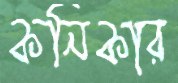
কনিকার